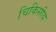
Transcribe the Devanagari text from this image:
चिकिसीय